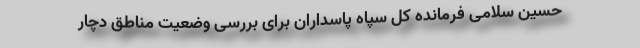
حسین سلامی فرمانده کل سپاه پاسداران ‌برای بررسی وضعیت مناطق دچار